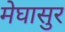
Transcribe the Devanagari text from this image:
मेघासुर